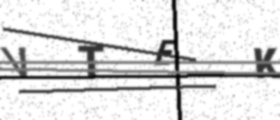
Text: VTEK